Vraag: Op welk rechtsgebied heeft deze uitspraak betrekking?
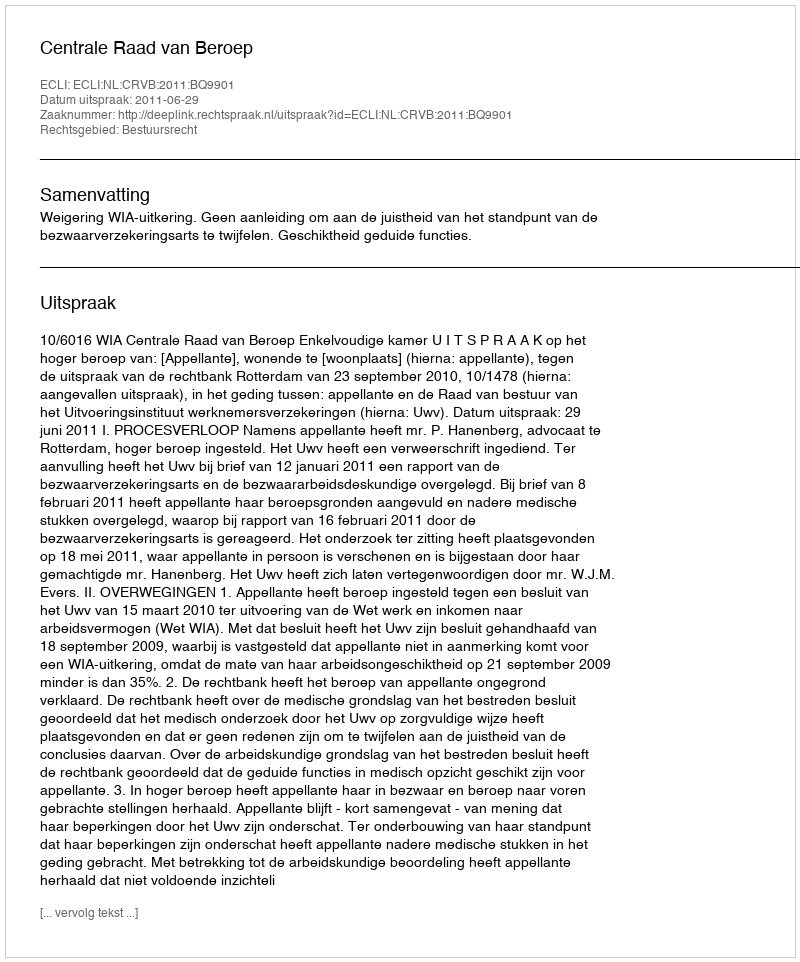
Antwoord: Bestuursrecht